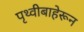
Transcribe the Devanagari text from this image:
पृथ्वीबाहेरून